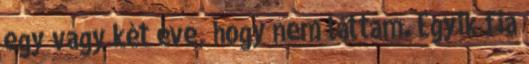
egy vagy két éve, hogy nem láttam. Egyik fia